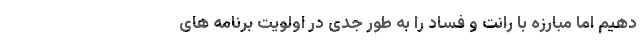
دهیم اما مبارزه با رانت و فساد را به طور جدی در اولویت برنامه های